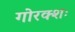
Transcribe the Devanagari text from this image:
गोरक्शः